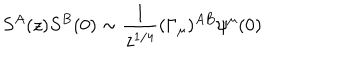
S ^ { A } ( z ) S ^ { B } ( 0 ) \sim \frac { 1 } { z ^ { 1 / 4 } } ( \Gamma _ { \mu } ) ^ { A B } \psi ^ { \mu } ( 0 )